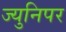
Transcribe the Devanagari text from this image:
ज्युनिपर